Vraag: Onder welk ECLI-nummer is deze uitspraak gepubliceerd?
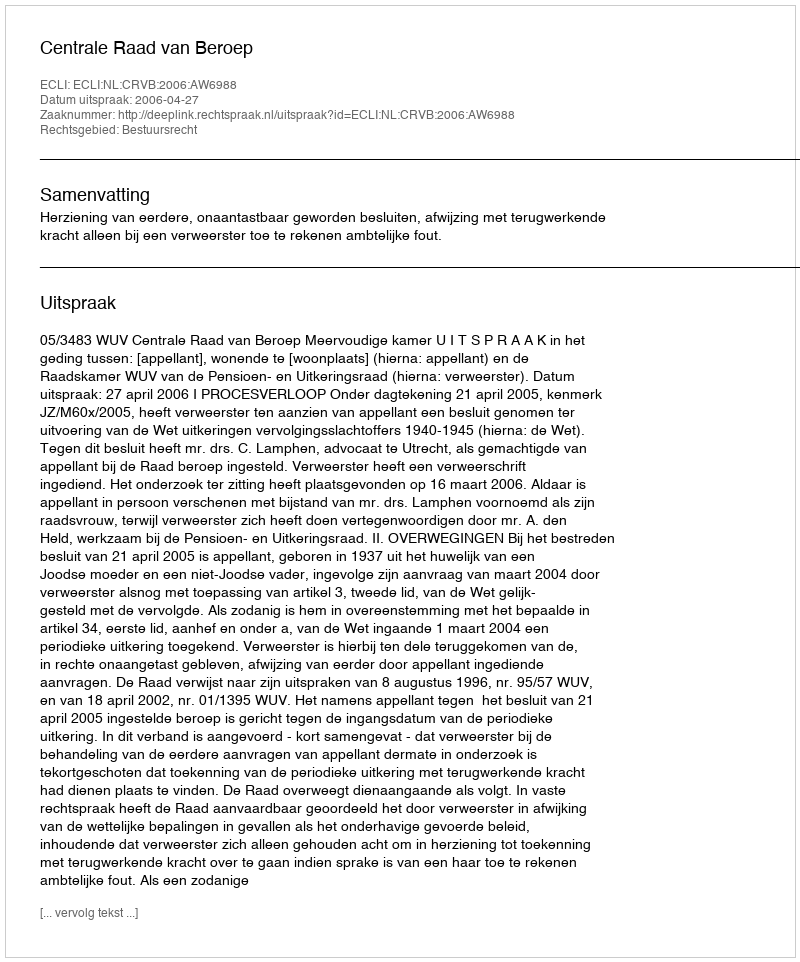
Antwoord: ECLI:NL:CRVB:2006:AW6988